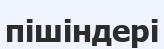
пішіндері